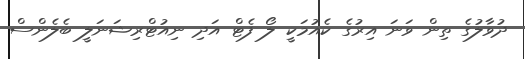
ދުވާލުގެ ތިން ވަނަ އިރުގެ ކެއުމަކީ ލޯ ފެޓް އަދި ނިއުޓްރިޝަނަލީ ބެލެންސް